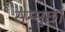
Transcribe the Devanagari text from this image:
सम्मुर्छा